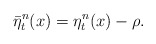
\begin{align*}\bar{\eta}_t^n(x) = \eta_t^n(x)-\rho.\end{align*}